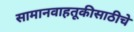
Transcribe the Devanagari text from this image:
सामानवाहतूकीसाठीचे